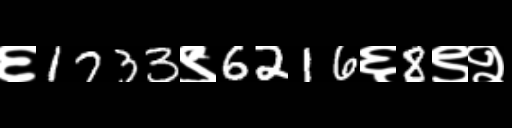
Text: ६1733९6216६8९२